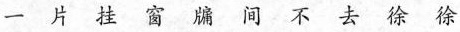
一片挂窗牖间不去徐徐